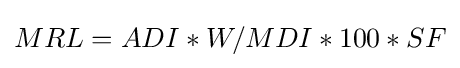
MRL=ADI*W/MDI*100*SF